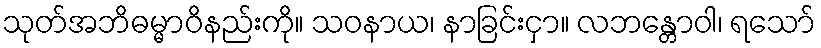
သုတ်အဘိဓမ္မာဝိနည်းကို။ သဝနာယ၊ နာခြင်းငှာ။ လဘန္တောဝါ၊ ရသော်